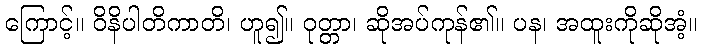
ကြောင့်။ ဝိနိပါတိကာတိ၊ ဟူ၍။ ဝုတ္တာ၊ ဆိုအပ်ကုန်၏။ ပန၊ အထူးကိုဆိုအံ့။